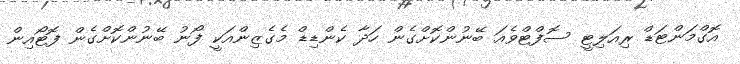
އޮގްމަންޓަޑް ރިއަލިޓީ ސޮފްޓްވެއަ ބޭނުންކޮށްގެން ހަދާ ކެންޑިޑް މެގެޒިންއަކީ ފޯނު ބޭނުންކޮށްގެން ފޮޓޯއިން